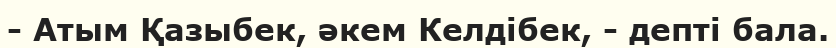
- Атым Қазыбек, әкем Келдібек, - депті бала.